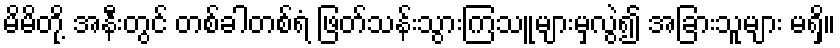
မိမိတို့ အနီးတွင် တစ်ခါတစ်ရံ ဖြတ်သန်းသွားကြသူများမှလွဲ၍ အခြားသူများ မရှိ။